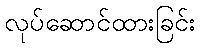
လုပ်ဆောင်ထားခြင်း